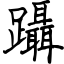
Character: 躡